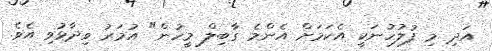
އަދި މި ފުލުހުނަކީ އެކަމަށް އެންމެ ގާބިލް މީހުން" އުމަރު ވިދާޅުވި އެވެ.